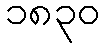
၁၈၃၀